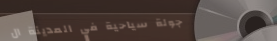
جولة سياحية في المدينة ال